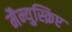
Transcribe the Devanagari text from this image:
मैन्युस्क्रिप्ट